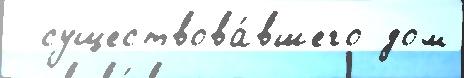
  существова́вшего дом